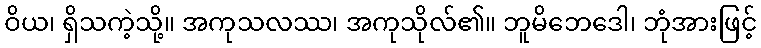
ဝိယ၊ ရှိသကဲ့သို့။ အကုသလဿ၊ အကုသိုလ်၏။ ဘူမိဘေဒေါ၊ ဘုံအားဖြင့်